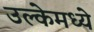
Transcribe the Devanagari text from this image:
उल्केमध्ये